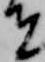
者